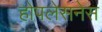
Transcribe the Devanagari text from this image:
होपलेसनेस